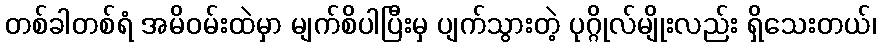
တစ်ခါတစ်ရံ အမိဝမ်းထဲမှာ မျက်စိပါပြီးမှ ပျက်သွားတဲ့ ပုဂ္ဂိုလ်မျိုးလည်း ရှိသေးတယ်၊